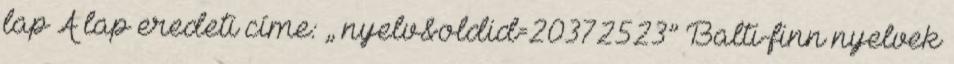
lap A lap eredeti címe: „ nyelv&oldid=20372523” Balti-finn nyelvek